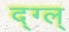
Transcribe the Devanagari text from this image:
द्ग्ल्